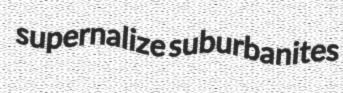
supernalize suburbanites